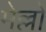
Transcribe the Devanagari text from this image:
मेल्लो